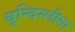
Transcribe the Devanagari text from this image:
बुन्दिस्लीगा